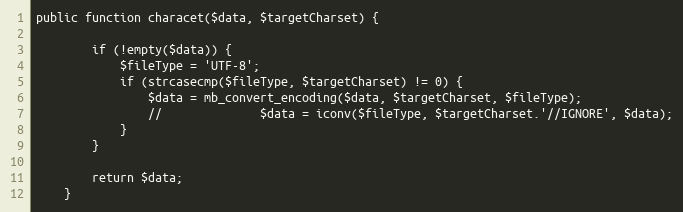
Language: PHP
public function characet($data, $targetCharset) {

		if (!empty($data)) {
			$fileType = 'UTF-8';
			if (strcasecmp($fileType, $targetCharset) != 0) {
				$data = mb_convert_encoding($data, $targetCharset, $fileType);
				//				$data = iconv($fileType, $targetCharset.'//IGNORE', $data);
			}
		}

		return $data;
	}